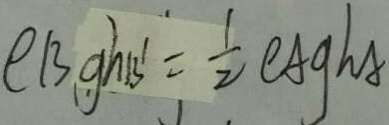
e B g h 1 3 ^ { \prime } = \frac { 1 } { 2 } e A g h A